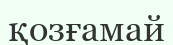
қозғамай